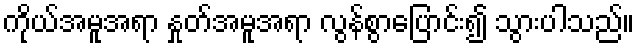
ကိုယ်အမူအရာ နှုတ်အမူအရာ လွန်စွာပြောင်း၍ သွားပါသည်။